Mental hospitals Bombay report 1929-33 - 1929-1933
Year: 1929
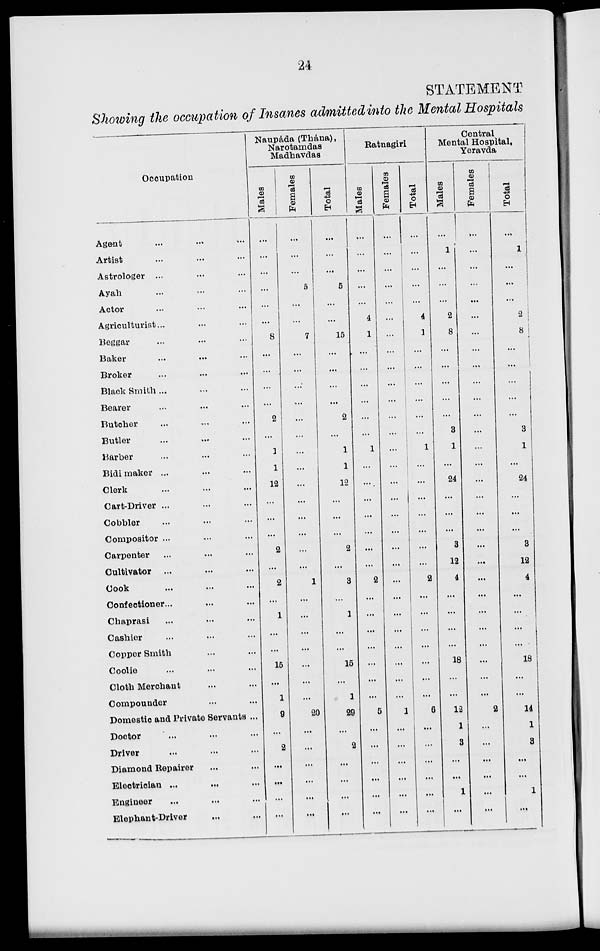
24
STATEMENT
Showing the occupation of Insanes admitted into the Mental Hospitals
Occupation
Agent ... ... ...
Artist ... ... ...
Astrologer ... ... ...
Ayah ... ... ...
Actor ... ... ...
Agriculturist ... ... ...
Beggar ... ... ...
Baker ... ... ...
Broker ... ... ...
Black Smith ... ... ...
Bearer ... ... ...
Butcher ... ... ...
Butler ... ... ...
Barber ... ... ...
Bidi maker ... ... ...
Clerk ... ... ...
Cart-Driver ... ... ...
Cobbler ... ... ...
Compositor ... ... ...
Carpenter ... ... ...
Cultivator ... ... ...
Cook ... ... ...
Confectioner ... ... ...
Chaprasi ... ... ...
Cashier ... ... ...
Copper Smith ... ... ...
Coolie ... ... ...
Cloth Merchant ... ...
Compounder ... ...
Domestic and Private Servants ...
Doctor ... ... ...
Driver ... ... ...
Diamond Repairer ... ... ...
Eleotrician ... ... ...
Engineer ... ... ...
Elephant-Driver ... ...
Naupáda (Thána),
Narotamdas
Madhavdas
Males
...
...
...
...
...
...
8
...
...
...
...
2
...
1
1
12
...
...
...
2
...
2
...
1
...
...
15
...
1
9
...
2
...
...
...
...
Females
...
...
...
5
...
...
7
...
...
...
...
...
...
...
...
...
...
...
...
...
...
1
...
...
...
...
...
...
...
20
...
...
...
...
...
...
Total
...
...
...
5
...
...
15
...
...
...
...
2
...
1
1
12
...
...
...
2
...
3
...
1
...
...
15
...
1
29
...
2
...
...
...
...
Ratnagiri
Males
...
...
...
...
...
4
1
...
...
...
...
...
...
1
...
...
...
...
...
...
...
2
...
...
...
...
...
...
...
5
...
...
...
...
...
...
Females
...
...
...
...
...
...
...
...
...
...
...
...
...
...
...
...
...
...
...
...
...
...
...
...
...
...
...
...
...
1
...
...
...
...
...
...
Total
...
...
...
...
...
4
1
...
...
...
...
...
...
1
...
...
...
...
...
...
...
2
...
...
...
...
...
...
...
6
...
...
...
...
...
...
Central
Mental Hospital,
Yeravda
Males
...
1
...
...
...
2
8
...
...
...
...
...
3
1
...
24
...
...
...
3
12
4
...
...
...
...
18
...
...
12
1
3
...
...
1
...
Females
...
...
...
...
...
...
...
...
...
...
...
...
...
...
...
...
...
...
...
...
...
...
...
...
...
...
...
...
...
2
...
...
...
...
...
...
Total
...
1
...
...
...
2
8
...
...
...
...
...
3
1
...
24
...
...
...
3
12
4
...
...
...
...
18
...
...
14
1
3
...
...
1
...